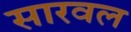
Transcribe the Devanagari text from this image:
सारवल